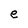
Character: e